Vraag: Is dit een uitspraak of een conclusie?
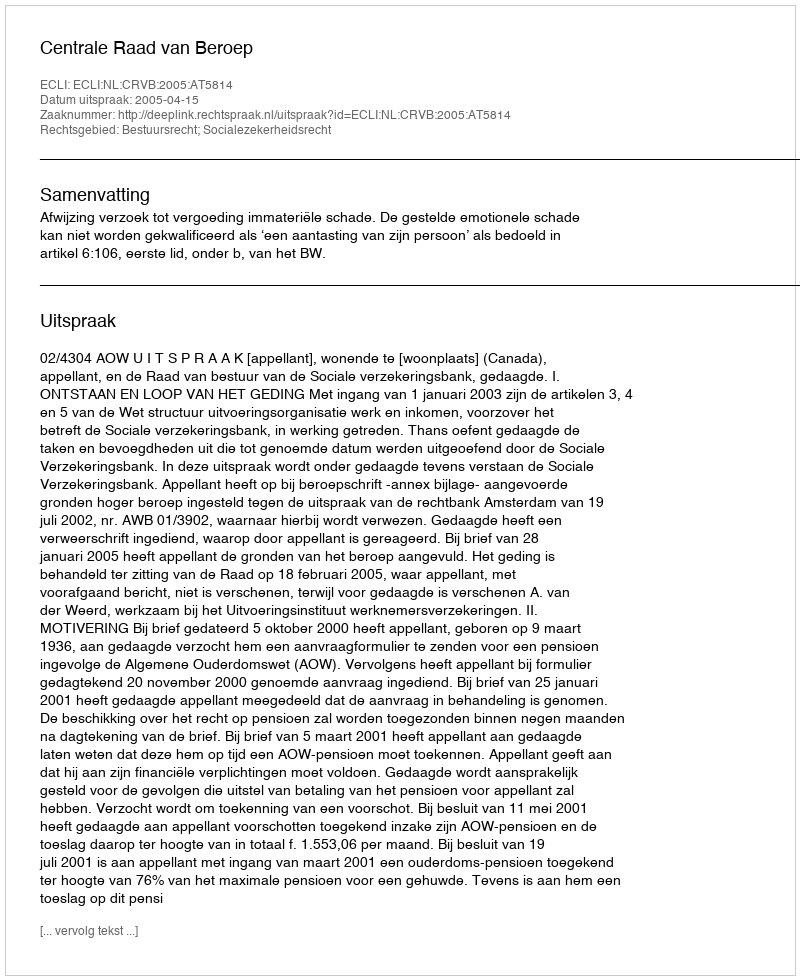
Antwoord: Uitspraak